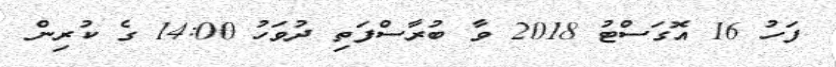
ފަހު 16 އޮގަސްޓު 2018 ވާ ބުރާސްފަތި ދުވަހު 14:00 ގެ ކުރިން